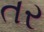
તર